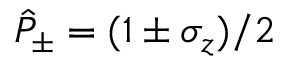
\hat { P } _ { \pm } = ( 1 \pm \sigma _ { z } ) / 2